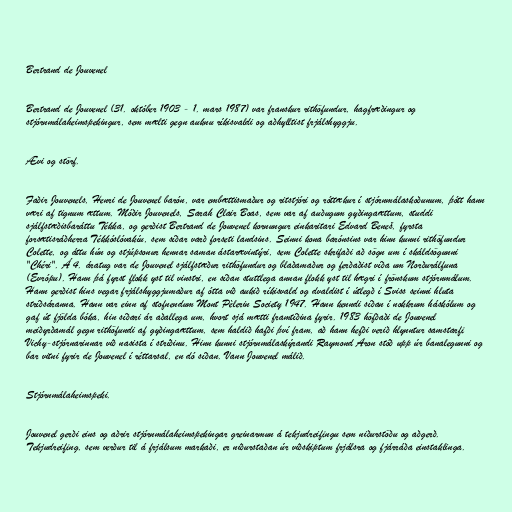
Bertrand de Jouvenel

Bertrand de Jouvenel (31. október 1903 - 1. mars 1987) var franskur rithöfundur, hagfræðingur og
stjórnmálaheimspekingur, sem mælti gegn auknu ríkisvaldi og aðhylltist frjálshyggju.

Ævi og störf.

Faðir Jouvenels, Henri de Jouvenel barón, var embættismaður og ritstjóri og róttækur í stjórnmálaskoðunum, þótt hann
væri af tignum ættum. Móðir Jouvenels, Sarah Clair Boas, sem var af auðugum gyðingaættum, studdi
sjálfstæðisbaráttu Tékka, og gerðist Bertrand de Jouvenel kornungur einkaritari Edvard Beneš, fyrsta
forsætisráðherra Tékkóslóvakíu, sem síðar varð forseti landsins. Seinni kona barónsins var hinn kunni rithöfundur
Colette, og áttu hún og stjúpsonur hennar saman ástarævintýri, sem Colette skrifaði að sögn um í skáldsögunni
"Chéri". Á 4. áratug var de Jouvenel sjálfstæður rithöfundur og blaðamaður og ferðaðist víða um Norðurálfuna
(Evrópu). Hann þá fyrst flokk yst til vinstri, en síðan stuttlega annan flokk yst til hægri í frönskum stjórnmálum.
Hann gerðist hins vegar frjálshyggjumaður af ótta við aukið ríkisvald og dvaldist í útlegð í Sviss seinni hluta
stríðsáranna. Hann var einn af stofnendum Mont Pèlerin Society 1947. Hann kenndi síðan í nokkrum háskólum og
gaf út fjölda bóka, hin síðari ár aðallega um, hvort sjá mætti framtíðina fyrir. 1983 höfðaði de Jouvenel
meiðyrðamál gegn rithöfundi af gyðingaættum, sem haldið hafði því fram, að hann hefði verið hlynntur samstarfi
Vichy-stjórnarinnar við nasista í stríðinu. Hinn kunni stjórnmálaskýrandi Raymond Aron stóð upp úr banalegunni og
bar vitni fyrir de Jouvenel í réttarsal, en dó síðan. Vann Jouvenel málið.

Stjórnmálaheimspeki.

Jouvenel gerði eins og aðrir stjórnmálaheimspekingar greinarmun á tekjudreifingu sem niðurstöðu og aðgerð.
Tekjudreifing, sem verður til á frjálsum markaði, er niðurstaðan úr viðskiptum frjálsra og fjárráða einstaklinga.